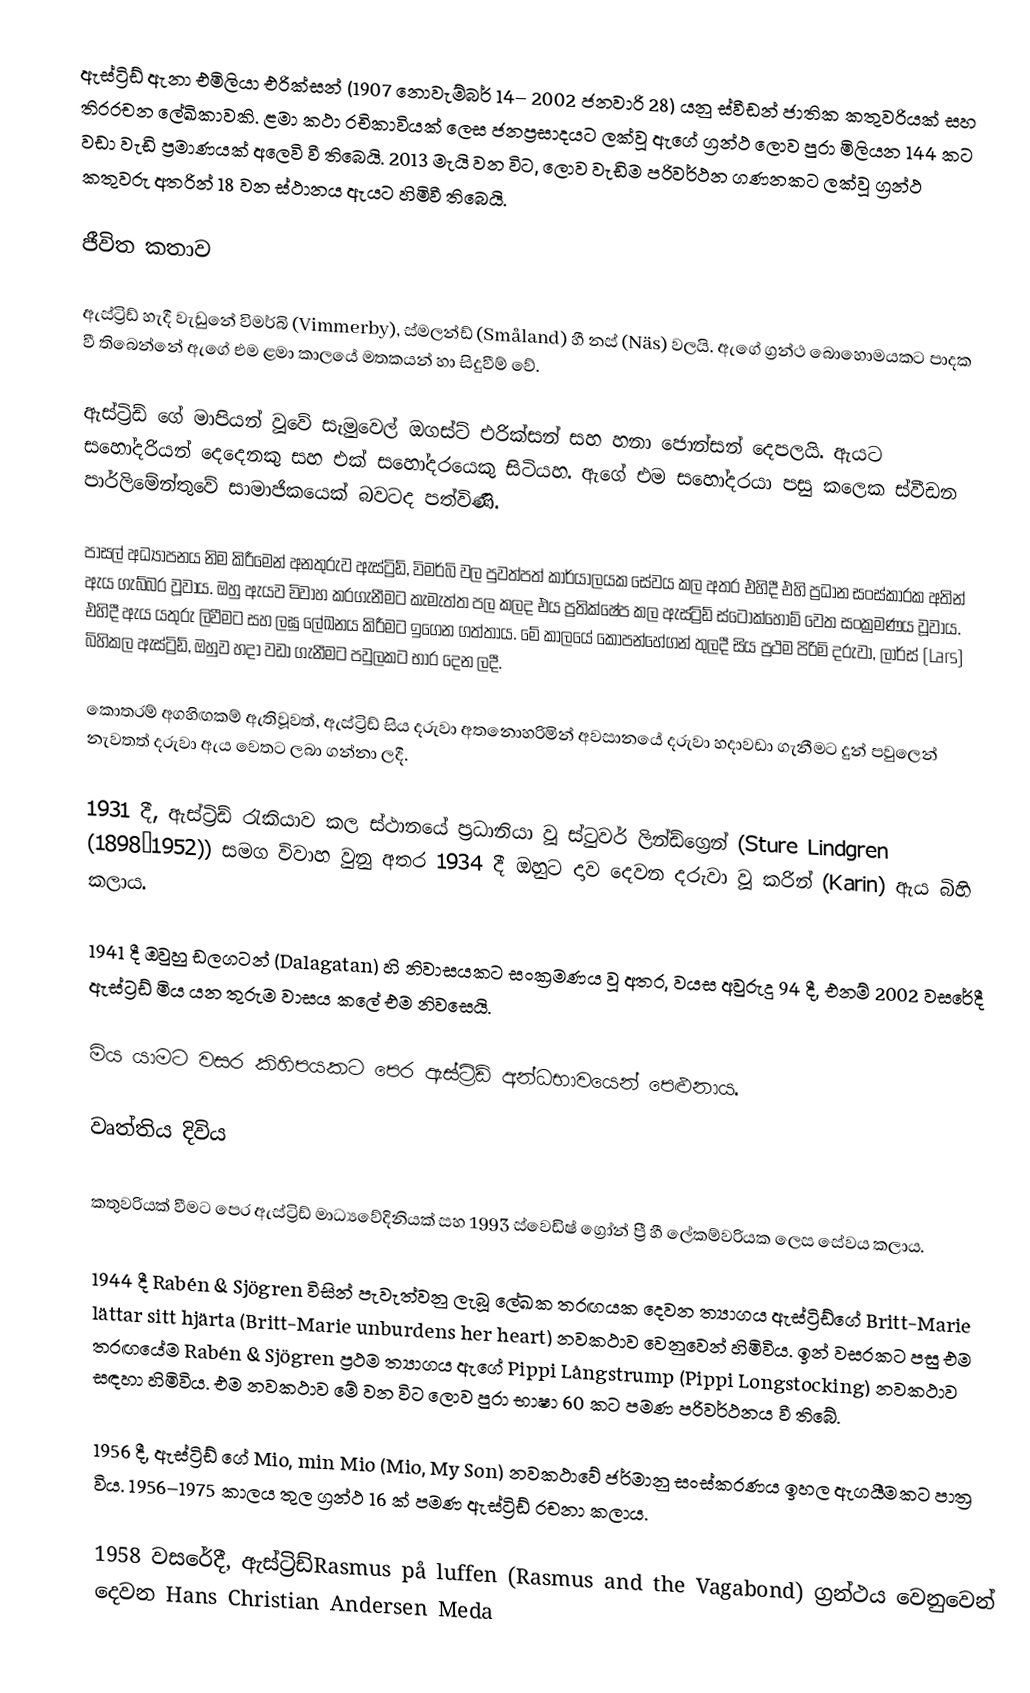
ඇස්ට්‍රිඩ් ඇනා එමිලියා එරික්සන් (1907 නොවැම්බර් 14– 2002 ජනවාරි 28) යනු ස්වීඩන් ජාතික කතුවරියක් සහ තිරරචන ලේඛිකාවකි. ළමා කථා රචිකාවියක් ලෙස ජනප්‍රසාදයට ලක්වූ ඇගේ ග්‍රන්ථ ලොව පුරා මිලියන 144 කට වඩා වැඩි ප්‍රමාණයක් අලෙවි වී තිබෙයි. 2013 මැයි වන විට, ලොව වැඩිම පරිවර්ථන ගණනකට ලක්වූ ග්‍රන්ථ කතුවරු අතරින් 18 වන ස්ථානය ඇයට හිමිවී තිබෙයි.

ජීවිත කතාව

ඇස්ට්‍රිඩ් හැදී වැඩුනේ විමර්බි (Vimmerby), ස්මලන්ඩ් (Småland) හී නස් (Näs) වලයි. ඇගේ ග්‍රන්ථ බොහොමයකට පාදක වී තිබෙන්නේ ඇගේ එම ළමා කාලයේ මතකයන් හා සිදුවීම් වේ.

ඇස්ට්‍රිඩ් ගේ මාපියන් වූවේ සැමුවෙල් ඔගස්ට් එරික්සන් සහ හනා ජොන්සන් දෙපලයි. ඇයට සහෝදරියන් දෙදෙනකු සහ එක් සහෝදරයෙකු සිටියහ. ඇගේ එම සහෝදරයා පසු කලෙක ස්වීඩන පාර්ලිමේන්තුවේ සාමාජිකයෙක් බවටද පත්විණි.

පාසල් අධ්‍යාපනය නිම කිරීමෙන් අනතුරුව ඇස්ට්‍රිඩ්, විමර්බි වල පුවත්පත් කාර්යාලයක සේවය කල අතර එහිදී එහි ප්‍රධාන සංස්කාරක අතින් ඇය ගැබ්බර වූවාය. ඔහු ඇයව විවාහ කරගැනීමට කැමැත්ත පල කලද එය ප්‍රතික්ෂේප කල ඇස්ට්‍රිඩ් ස්ටොක්හෝම් වෙත සංක්‍රමණය වූවාය. එහිදී ඇය යතුරු ලිවීමට සහ ලඝු ලේඛනය කිරීමට ඉගෙන ගත්තාය. මේ කාලයේ කෝපන්හේගන් තුලදී සිය ප්‍රථම පිරිමි දරුවා, ලාර්ස් (Lars) බිහිකල ඇස්ට්‍රිඩ්, ඔහුව හදා වඩා ගැනීමට පවුලකට භාර දෙන ලදී.

කොතරම් අගහිඟකම් ඇතිවූවත්, ඇස්ට්‍රිඩ් සිය දරුවා අතනොහරිමින් අවසානයේ දරුවා හදාවඩා ගැනීමට දුන් පවුලෙන් නැවතත් දරුවා ඇය වෙතට ලබා ගන්නා ලදී.

1931 දී, ඇස්ට්‍රිඩ් රැකියාව කල ස්ථානයේ ප්‍රධානියා වූ ස්ටුවර් ලින්ඩ්ග්‍රෙන් (Sture Lindgren (1898–1952)) සමග විවාහ වුනු අතර 1934 දී ඔහුට දාව දෙවන දරුවා වූ කරින් (Karin) ඇය බිහි කලාය.

1941 දී ඔවුහු ඩලගටන් (Dalagatan) හි නිවාසයකට සංක්‍රමණය වූ අතර, වයස අවුරුදු 94 දී, එනම් 2002 වසරේදී ඇස්ට්‍රඩ් මිය යන තුරුම වාසය කලේ එම නිවසෙයි.

මිය යාමට වසර කිහිපයකට පෙර ඇස්ට්‍රිඩ් අන්ධභාවයෙන් පෙළුනාය.

වෘත්තිය දිවිය

කතුවරියක් වීමට පෙර ඇස්ට්‍රිඩ් මාධ්‍යවේදිනියක් සහ 1993 ස්වෙඩිෂ් ග්‍රෝන් ප්‍රී හී ලේකම්වරියක ලෙස සේවය කලාය.

1944 දී Rabén & Sjögren විසින් පැවැත්වනු ලැබූ ලේඛක තරඟයක දෙවන ත්‍යාගය ඇස්ට්‍රිඩ්ගේ Britt-Marie lättar sitt hjärta (Britt-Marie unburdens her heart) නවකථාව වෙනුවෙන් හිමිවිය. ඉන් වසරකට පසු එම තරඟයේම Rabén & Sjögren ප්‍රථම ත්‍යාගය ඇගේ Pippi Långstrump  (Pippi Longstocking) නවකථාව සඳහා හිමිවිය. එම නවකථාව මේ වන විට ලොව පුරා භාෂා 60 කට පමණ පරිවර්ථනය වී තිබේ.

1956 දී, ඇස්ට්‍රිඩ් ගේ Mio, min Mio (Mio, My Son)  නවකථාවේ ජර්මානු සංස්කරණය ඉහල ඇගයීමකට පාත්‍ර විය. 1956–1975 කාලය තුල ග්‍රන්ථ 16 ක් පමණ ඇස්ට්‍රිඩ් රචනා කලාය.

1958 වසරේදී, ඇස්ට්‍රිඩ්Rasmus på luffen (Rasmus and the Vagabond) ග්‍රන්ථය වෙනුවෙන් දෙවන Hans Christian Andersen Meda